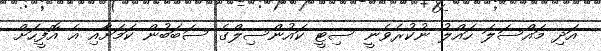
އަދި މައްސަލަ ހައްލު ނުކުރެވެނީ ސިޓީ ކައުންސިލްގެ ސަބަބުން ކަމަށާއި އެ އޮފީހަށް